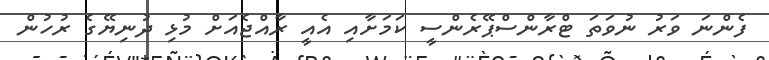
ފެންނަ ވަރު ނުވަތަ ޓްރާންސްޕޭރެންސީ ކަމަށާއި އެއީ ރާއްޖެއަށް މުޅި ދުނިޔޭގެ ރުހުން